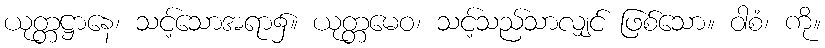
ယုတ္တဋ္ဌာနေ၊ သင့်သောအရာ၌။ ယုတ္တမေဝ၊ သင့်သည်သာလျှင် ဖြစ်သော။ ဝါစံ၊ ကို။